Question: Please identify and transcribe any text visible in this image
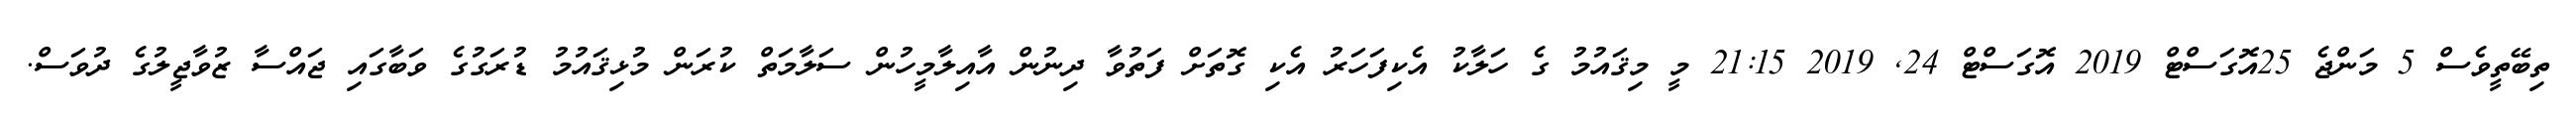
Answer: ތިބޭތީވެސް 5 މަންޖެ 25އޮގަސްޓް 2019 އޮގަސްޓް 24, 2019 21:15 މީ މިޤައުމު ގެ ހަލާކު އެކިފަހަރު އެކި ގޮތަށް ފަތުވާ ދިނުން އާއިލާމީހުން ސަލާމަތް ކުރަން މުޅިޤައުމު ޑުރަގުގެ ވަބާގައި ޖައްސާ ޒުވާޖީލުގެ ދުވަސް.